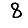
Digit: 8